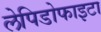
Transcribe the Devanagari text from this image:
लेपिडोफाइटा